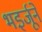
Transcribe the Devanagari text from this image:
भइर्जूने